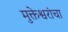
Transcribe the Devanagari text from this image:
मुक्तेश्वरांचा